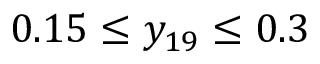
0 . 1 5 \leq y _ { 1 9 } \leq 0 . 3